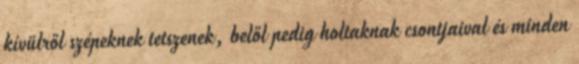
kívülről szépeknek tetszenek, belől pedig holtaknak csontjaival és minden